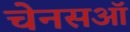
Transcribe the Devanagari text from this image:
चेनसऑ